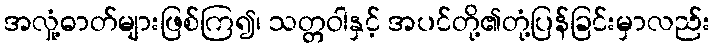
အလှုံ့ဓာတ်များဖြစ်ကြ၍၊ သတ္တဝါနှင့် အပင်တို့၏တုံ့ပြန်ခြင်းမှာလည်း